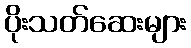
ပိုးသတ်ဆေးများ